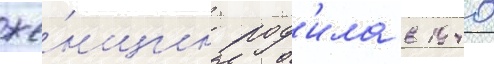
же́нщин род'ила в 1940